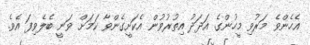
އެހެންވެ މަރުވި މީހުންގެ އަދަދު އިތުރުވުން އެކަށީގެންވާ ކަމަށް ވަނީ ބެލެވިފަ އެވެ.